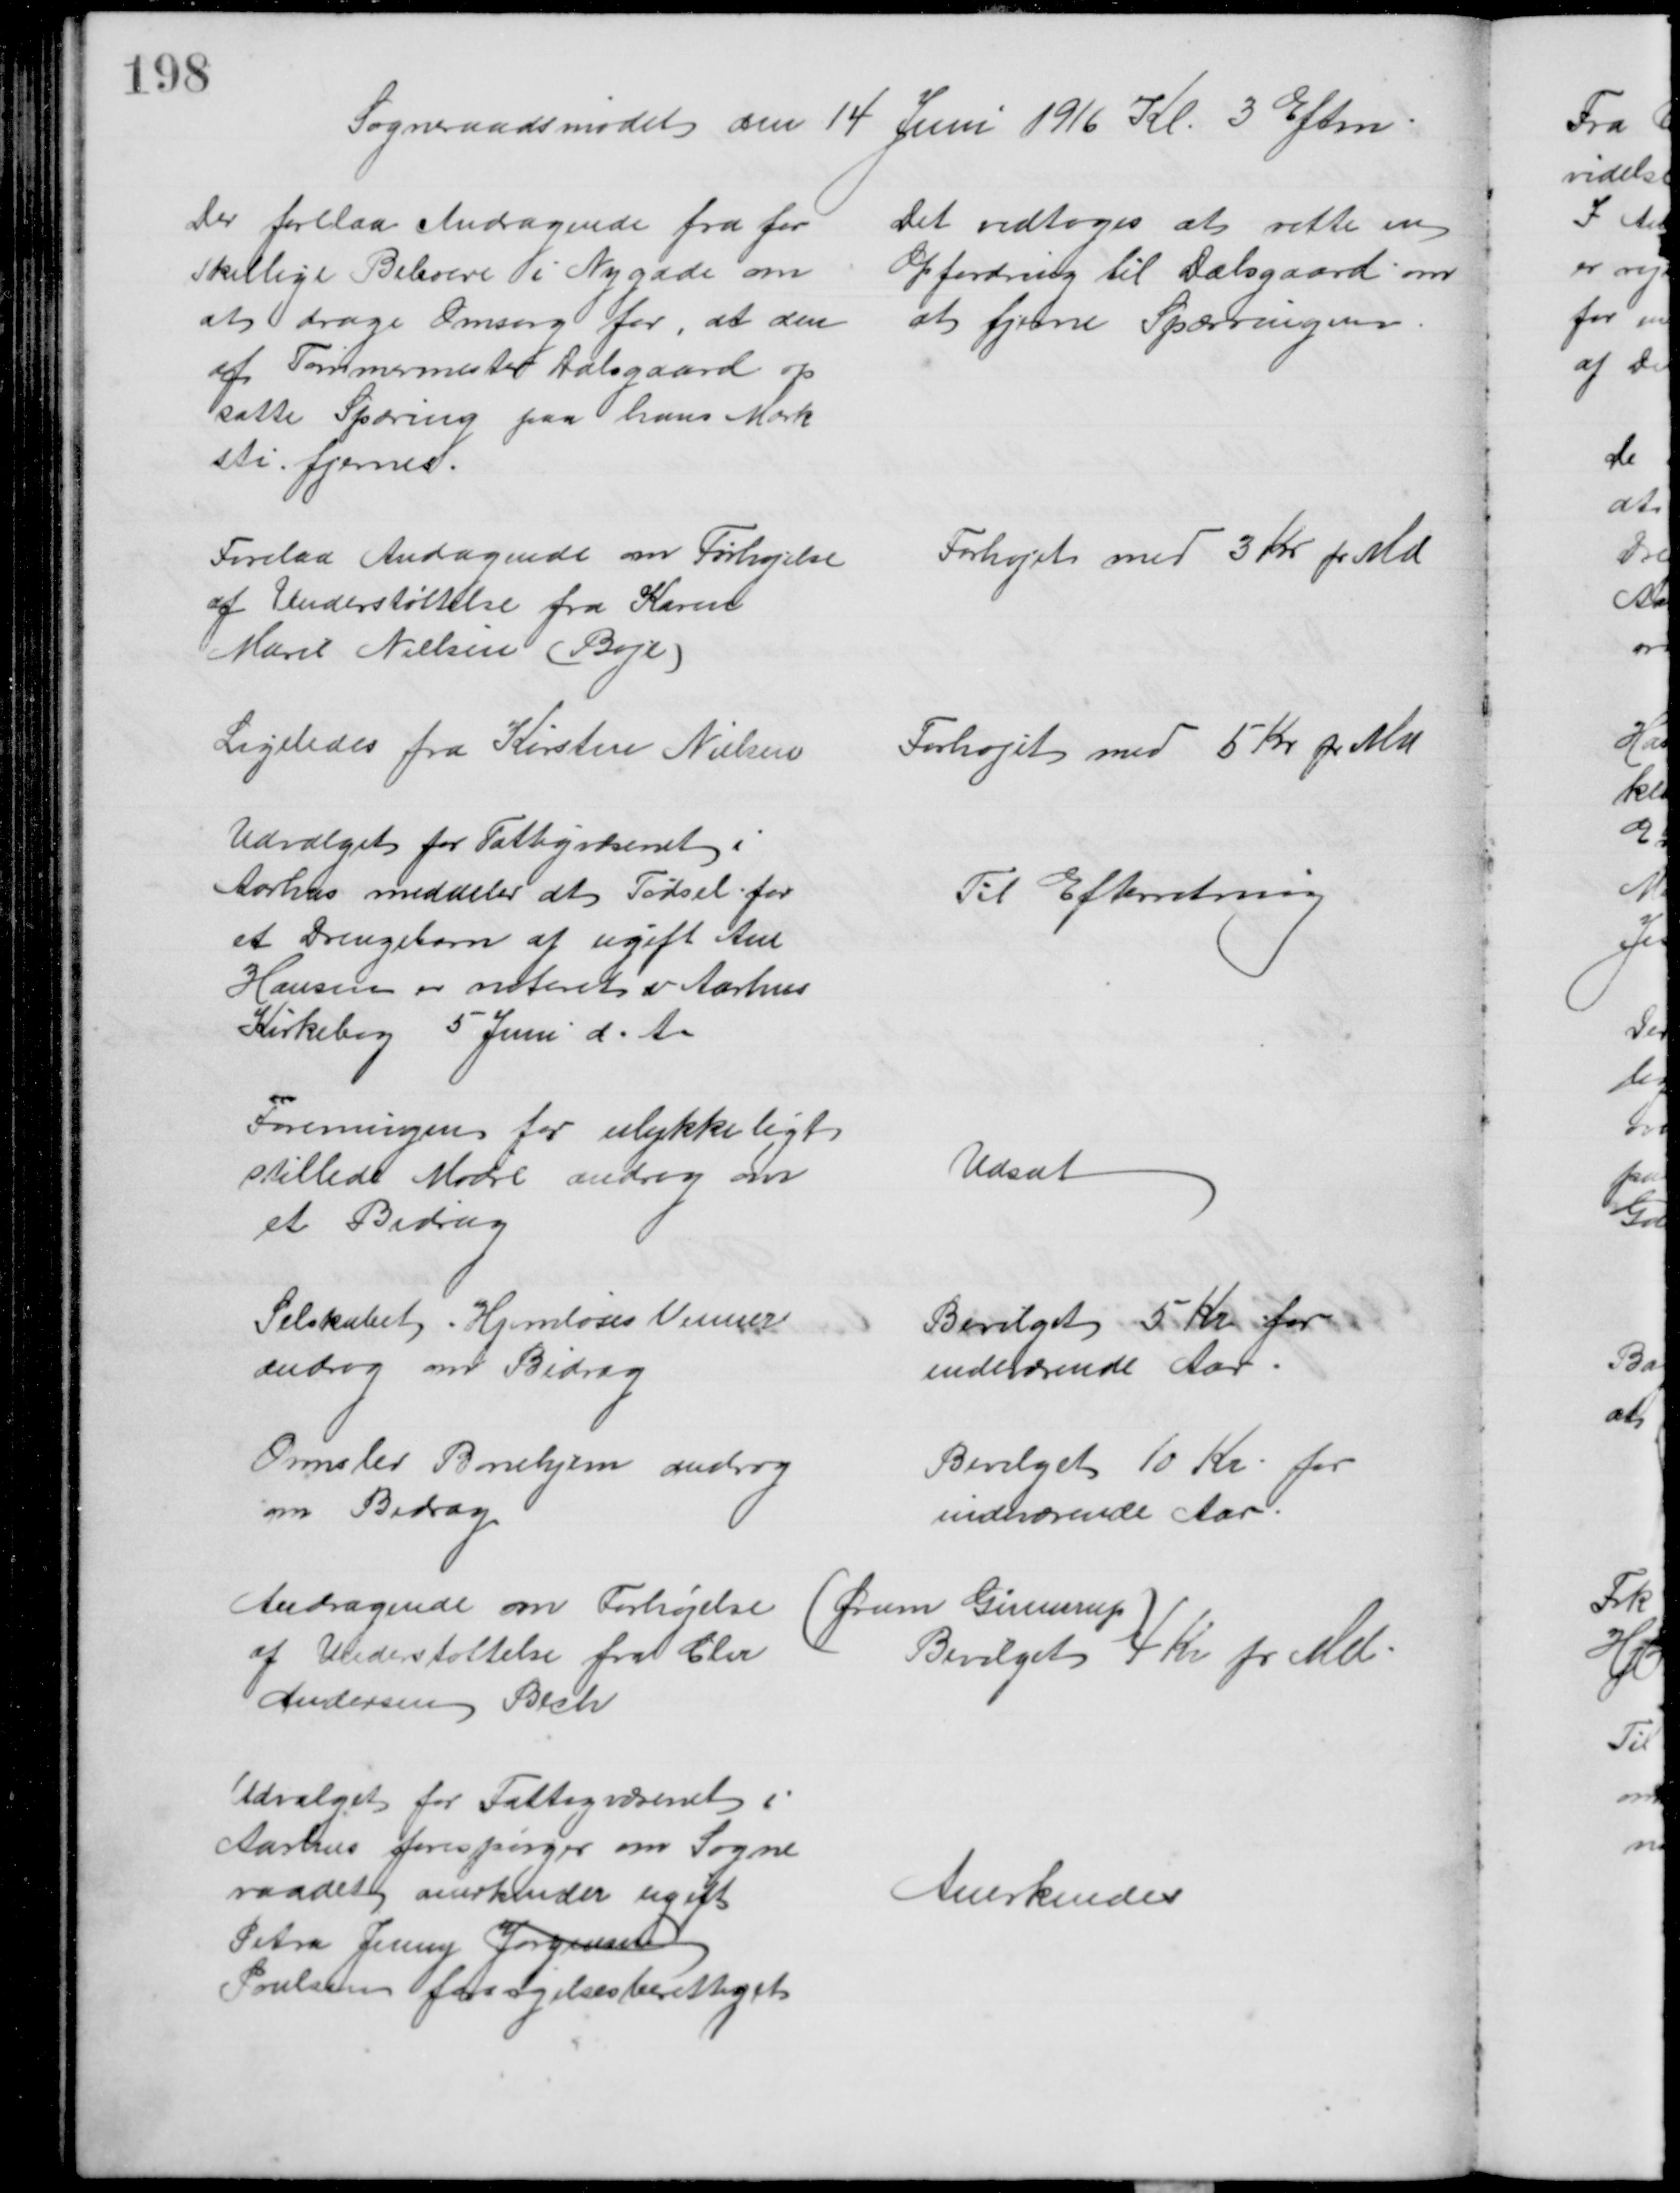
Transskription:
Sogneraadsmødet den 14 Juni 1916 Kl. 3 Eftm.
Der forelaa Andragende fra for
skellige Beboere i Nygade om
at drage Omsorg for, at den
af Tømmermester Dalsgaard op
satte Spæring paa hans Mark
sti fjernes.
Det vedtoges at rette en
Opfordring til Dalsgaard om 
at fjerne Spærringen
Forelaa Andagende om Forhøjelse
af Understøttelse fra Karen
Marie Nielsen (Boje)
Forhøjet med 3 Kr pr Md
Ligeledes fra Kirsten Nielsen
Forhøjet med 5 Kr pr Md
Udvalget for Fattigvæsenet i
Aarhus meddeler at Fødsel for
et Drengebarn af ugift Ane
Hansen er noteret i Aarhus
Kirkebog 5 Juni d. A.
Til Efterretning
Foreningen for ulykkeligt
stillede Mødre androg om
et Bidrag
Udsat
Selskabet Hjemløses Venner
androg om Bidrag
Bevilget 5 Kr for
indeværende Aar
Ormslev Børnehjem androg
om Bidrag
Bevilget 10 Kr for
indeværende Aar
Andragende om Forhøjelse
af Understøttelse fra Chr
Andersen Bech
(Ørum Ginnerup)
Bevilget 4 Kr pr Md
Udvalget for Fattigvæsenet i
Aarhus forespørger om Sogne
raadet anerkender ugift
Petra Jenny Jørgensen
Poulsen forsørgelsesberettiget
Anerkendes